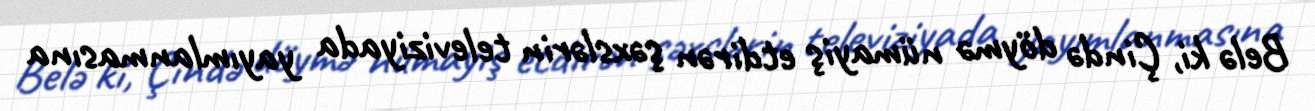
Belə ki, Çində döymə nümayiş etdirən şəxslərin televiziyada yayımlanmasına